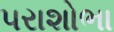
પરાશોભા